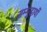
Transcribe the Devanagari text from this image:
सम्मुदायों